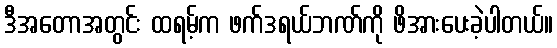
ဒီအတောအတွင်း ထရမ့်က ဖက်ဒရယ်ဘဏ်ကို ဖိအားပေးခဲ့ပါတယ်။